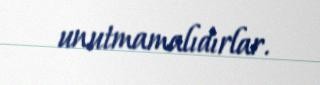
unutmamalıdırlar.